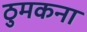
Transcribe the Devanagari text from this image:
ठुमकना